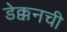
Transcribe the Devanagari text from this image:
डेक्कनची